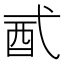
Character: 𨟲